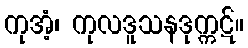
ကုအံ့၊ ကုလဒူသနဒုက္ကဋ်။